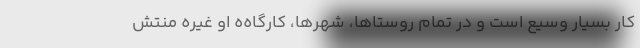
کار بسیار وسیع است و در تمام روستاها، شهرها، کارگاه‌ه او غیره منتش